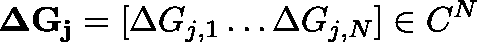
\mathbf { \Delta G _ { j } } = [ \Delta G _ { j , 1 } \dots \Delta G _ { j , N } ] \in \mathbb { C } ^ { N }